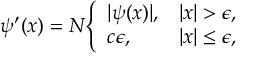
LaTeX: \psi ^ { \prime } ( x ) = N { \left\{ \begin{array} { l l } { | \psi ( x ) | , } & { | x | > \epsilon , } \\ { c \epsilon , } & { | x | \leq \epsilon , } \end{array} \right. }